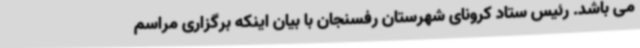
می باشد. رئیس ستاد کرونای شهرستان رفسنجان با بیان اینکه برگزاری مراسم